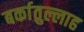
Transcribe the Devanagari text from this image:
बर्कातुल्लाह